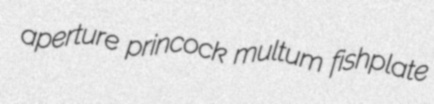
aperture princock multum fishplate